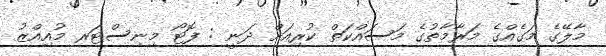
މާލޭގެ މަގެއްގެ މަރާމާތުގެ މަސައްކަތް ކުރިއަށް ދަނީ : ފޮޓޯ މިނިސްޓަރ މުއިއްޒު